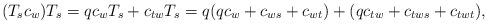
LaTeX: \begin{align*}(T_sc_w)T_s=qc_wT_s+c_{tw}T_s=q(qc_w+c_{ws}+c_{wt})+(qc_{tw}+c_{tws}+c_{twt}),\end{align*}